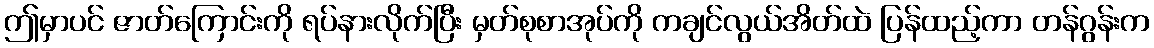
ဤမှာပင် ဇာတ်ကြောင်းကို ရပ်နားလိုက်ပြီး မှတ်စုစာအုပ်ကို ကချင်လွယ်အိတ်ထဲ ပြန်ထည့်ကာ တန်ဂွန်းက